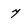
Character: 7